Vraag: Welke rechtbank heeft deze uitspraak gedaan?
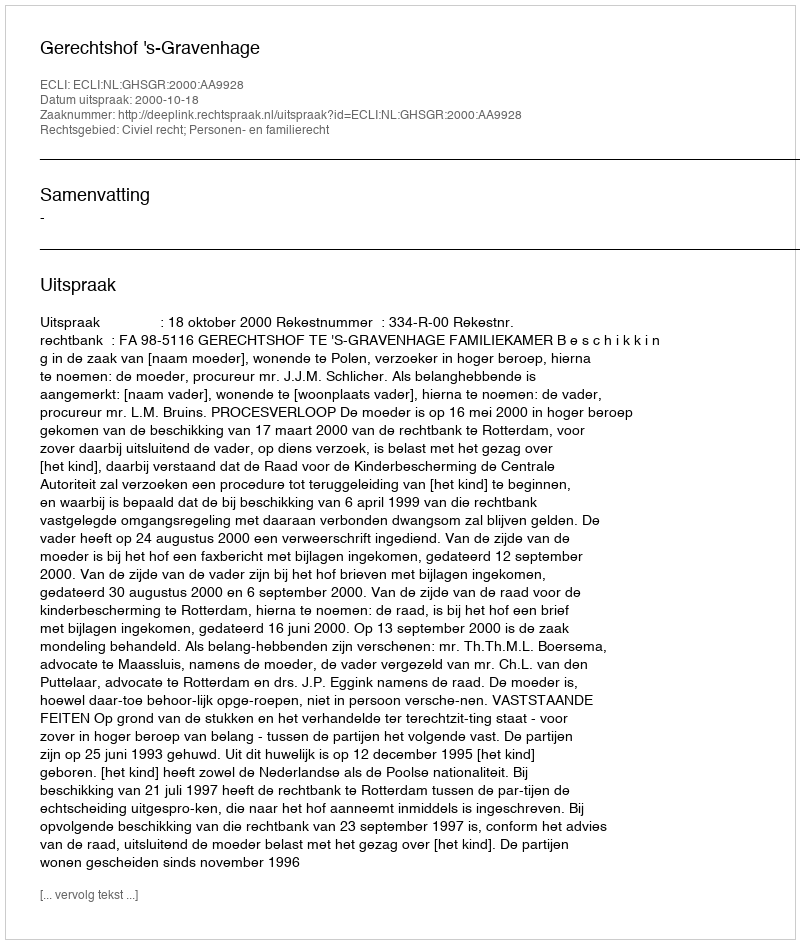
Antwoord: Gerechtshof 's-Gravenhage